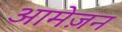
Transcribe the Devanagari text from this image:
आमेज़न